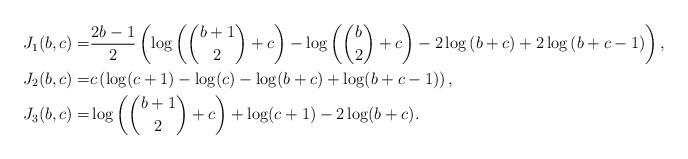
LaTeX: \begin{align*} J_1(b,c)=&\frac{2b-1}{2}\left( \log\left(\binom{b+1}{2} +c \right) -\log\left(\binom{b}{2} +c \right) -2\log\left(b+c \right)+2\log\left(b+c-1 \right) \right),\\ J_2(b,c)=&c \left( \log(c+1)-\log(c)-\log(b+c)+\log(b+c-1) \right),\\ J_3(b,c)=&\log\left(\binom{b+1}{2} +c \right) +\log(c+1) -2\log(b+c). \end{align*}